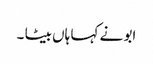
ابو نے کہا ہاں بیٹا ۔